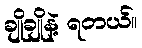
ချိုချိုနဲ့ ရတယ်။